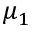
\mu _ { 1 }